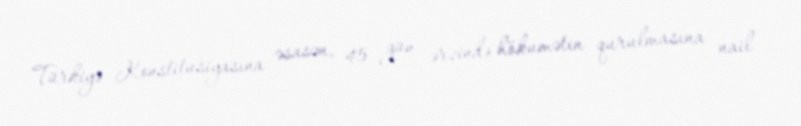
Türkiyə Konstitusiyasına əsasən, 45 gün ərzində hökumətin qurulmasına nail